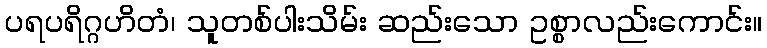
ပရပရိဂ္ဂဟိတံ၊ သူတစ်ပါးသိမ်း ဆည်းသော ဥစ္စာလည်းကောင်း။